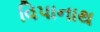
વિપાનાથ